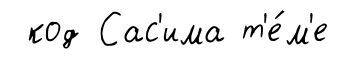
код Сас'има т'е́м'е